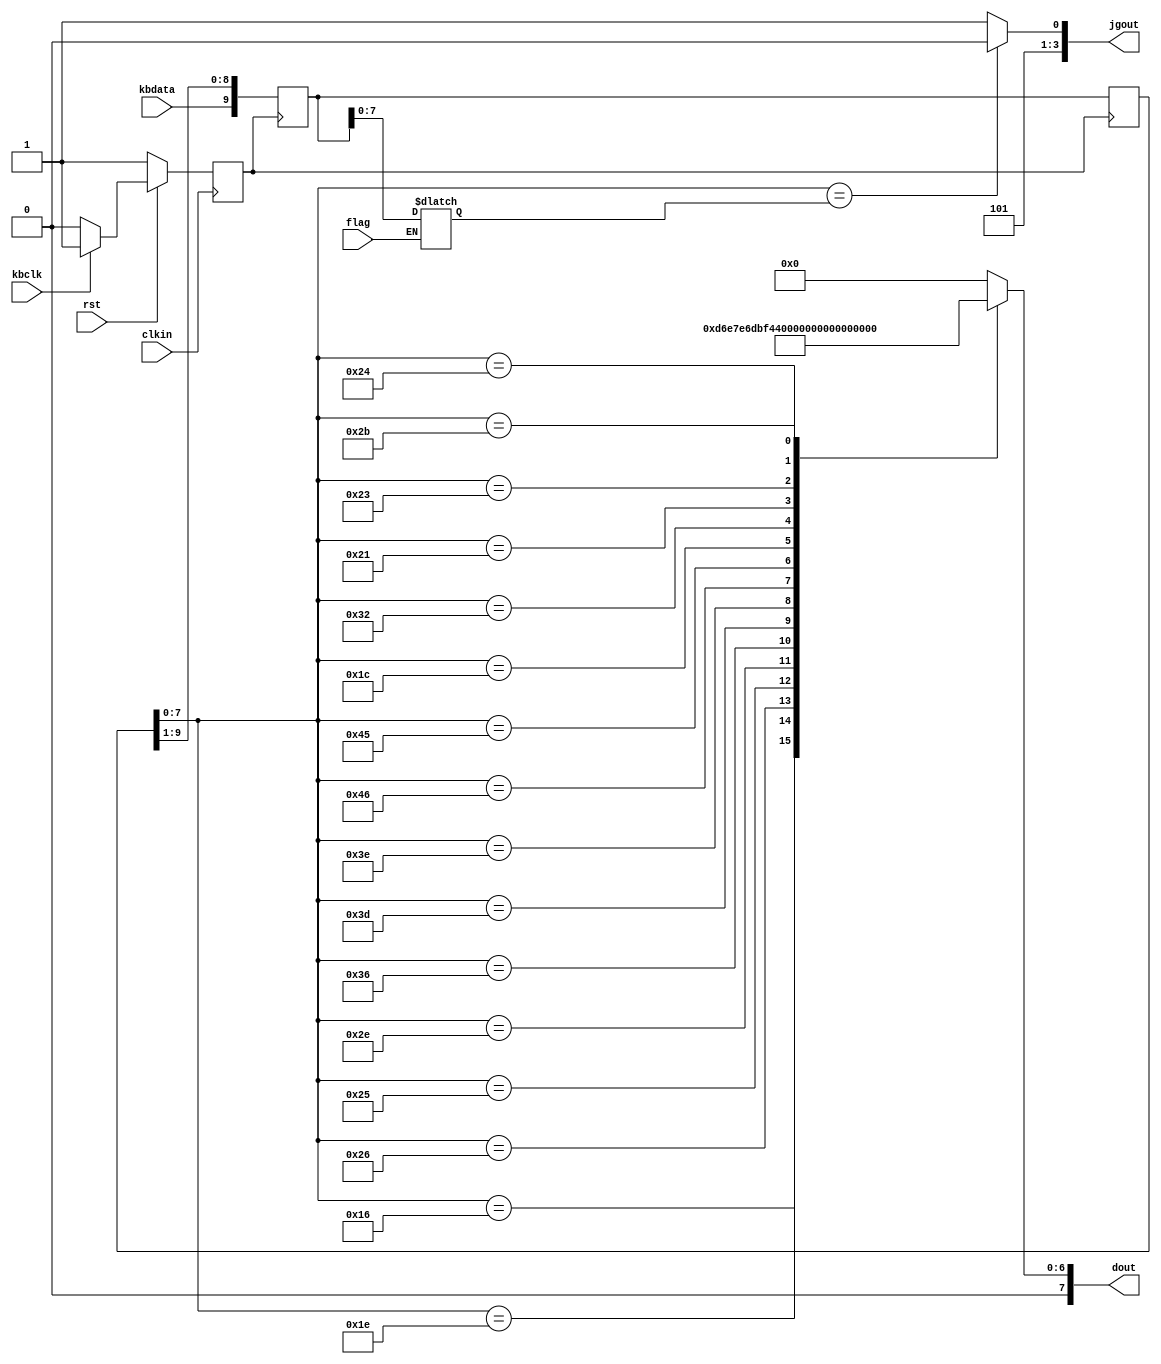
module ps2m_jc(clkin,kbdata,kbclk,rst,dout,jgout,flag);
	input clkin,kbdata,kbclk;
	input rst,flag;
	output[7:0] dout;
	output [3:0] jgout;
	reg [7:0] dout;
	reg [9:0] m,s,set;
	reg [3:0] jgout;
	reg clk1,q;

	
	always @(posedge clkin)
	begin
		if(!rst)	clk1<=1;
		else if(!kbclk)	clk1<=kbclk;
			else clk1<=1;
	end
	
	always@ (negedge clk1)
	begin
		m[9:0]<={kbdata,s[9:1]};
	end
	
	always@ (posedge clk1)
	begin
		 s<=m;
	end
	
	always @(clk1,m,s)
	begin
		case(s[7:0])
			8'b00010110:dout[7:0]<=8'b00000110;
			8'b00011110:dout[7:0]<=8'b01011011;
			8'b00100110:dout[7:0]<=8'b01001111;
			8'b00100101:dout[7:0]<=8'b01100110;
			8'b00101110:dout[7:0]<=8'b01101101;//5
			8'b00110110:dout[7:0]<=8'b01111101;
			8'b00111101:dout[7:0]<=8'b00000111;
			8'b00111110:dout[7:0]<=8'b01111111;
			8'b01000110:dout[7:0]<=8'b01101111;
			8'b01000101:dout[7:0]<=8'b00111111;//0
			8'b00011100:dout[7:0]<=8'b01110111;
			8'b00110010:dout[7:0]<=8'b01111100;
			8'b00100001:dout[7:0]<=8'b00111001;
			8'b00100011:dout[7:0]<=8'b01011110;
			8'b00100100:dout[7:0]<=8'b01111001;
			8'b00101011:dout[7:0]<=8'b01110001;//f
			default:dout[7:0]<=8'b00000000;
		endcase
	end
	
	always@(*)
	begin
	 if(flag==1) set<=m;
	end
	
	always@ (q)
	begin
		if(s[7:0]==set[7:0])
			begin jgout<=4'b1010;
			q=1;
			end
		else begin
			jgout=4'b1011;
			q=0;
			end
		end
endmodule